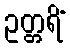
ဥတ္တရိံ